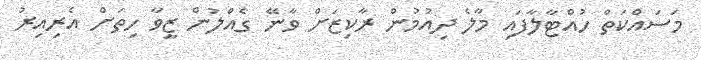
މަސައްކަތް ހުއްޓާލާފައި މާލެ ދިއުމުން ރާކިޒަށް ވާނޭ ގެއްލުން ޒީވާ ހިތަށް އެރިއިރު